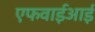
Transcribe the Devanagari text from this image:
एफवाईआई